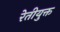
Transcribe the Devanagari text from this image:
रेतीयुक्त